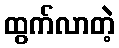
ထွက်လာတဲ့